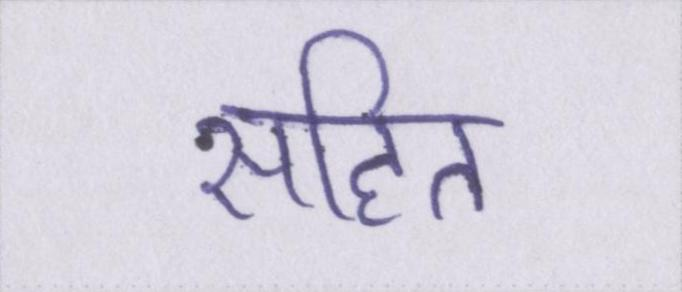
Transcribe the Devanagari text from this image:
सहित